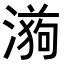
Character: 𭲉